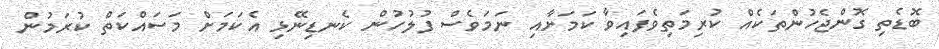
ބޮޑެތި ގޮންޖެހުންތަކެއް ކުރިމަތިވެފައިވާ ކަމަށާއި ނަމަވެސް ފުލުހުން ކެނޑިނޭޅި އެކަމަށް މަސައްކަތް ކުރަމުން